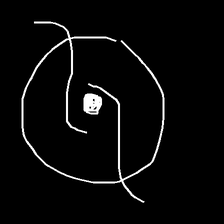
Glyph: repetition